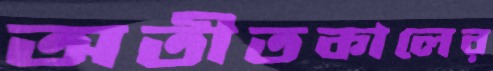
অতীতকালের